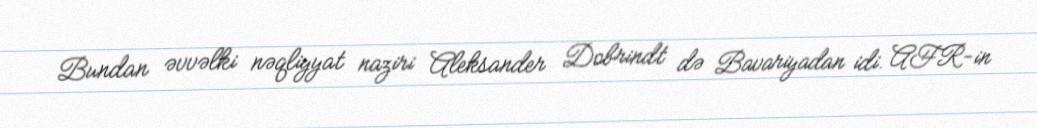
Bundan əvvəlki nəqliyyat naziri Aleksander Dobrindt də Bavariyadan idi. AFR-in